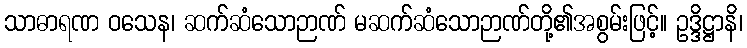
သာဓာရဏ ဝသေန၊ ဆက်ဆံသောဉာဏ် မဆက်ဆံသောဉာဏ်တို့၏အစွမ်းဖြင့်။ ဥဒ္ဒိဋ္ဌာနိ၊